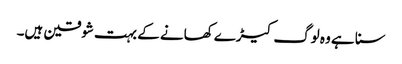
سنا ہے وہ لوگ کیڑے کھانے کے بہت شوقین ہیں۔